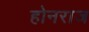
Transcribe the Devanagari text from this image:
होनराज